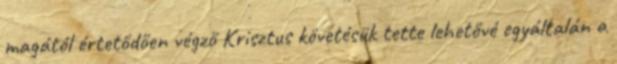
magától értetődően végző Krisztus követésük tette lehetővé egyáltalán a